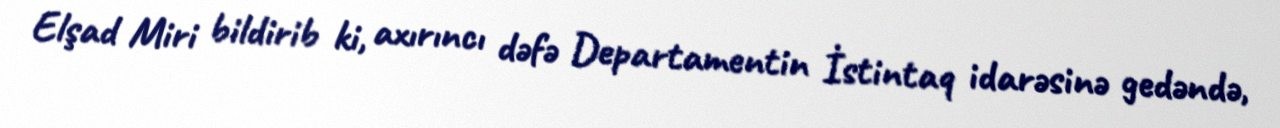
Elşad Miri bildirib ki, axırıncı dəfə Departamentin İstintaq idarəsinə gedəndə,